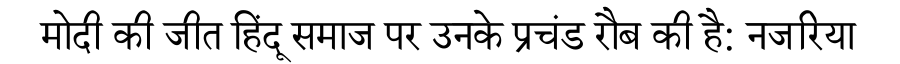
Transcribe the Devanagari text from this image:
मोदी की जीत हिंदू समाज पर उनके प्रचंड रौब की है: नजरिया